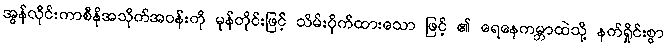
အွန်လိုင်းကာစီနိုအသိုက်အဝန်းကို မုန်တိုင်းဖြင့် သိမ်းပိုက်ထားသော ဖြင့် ၏ ရေနေကမ္ဘာထဲသို့ နက်ရှိုင်းစွာ